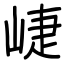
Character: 崨